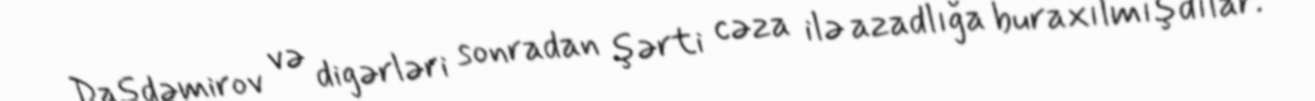
Daşdəmirov və digərləri sonradan şərti cəza ilə azadlığa buraxılmışdılar.